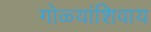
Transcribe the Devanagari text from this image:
गोळ्यांशिवाय